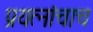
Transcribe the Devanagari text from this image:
प्रयत्‍नांचाच